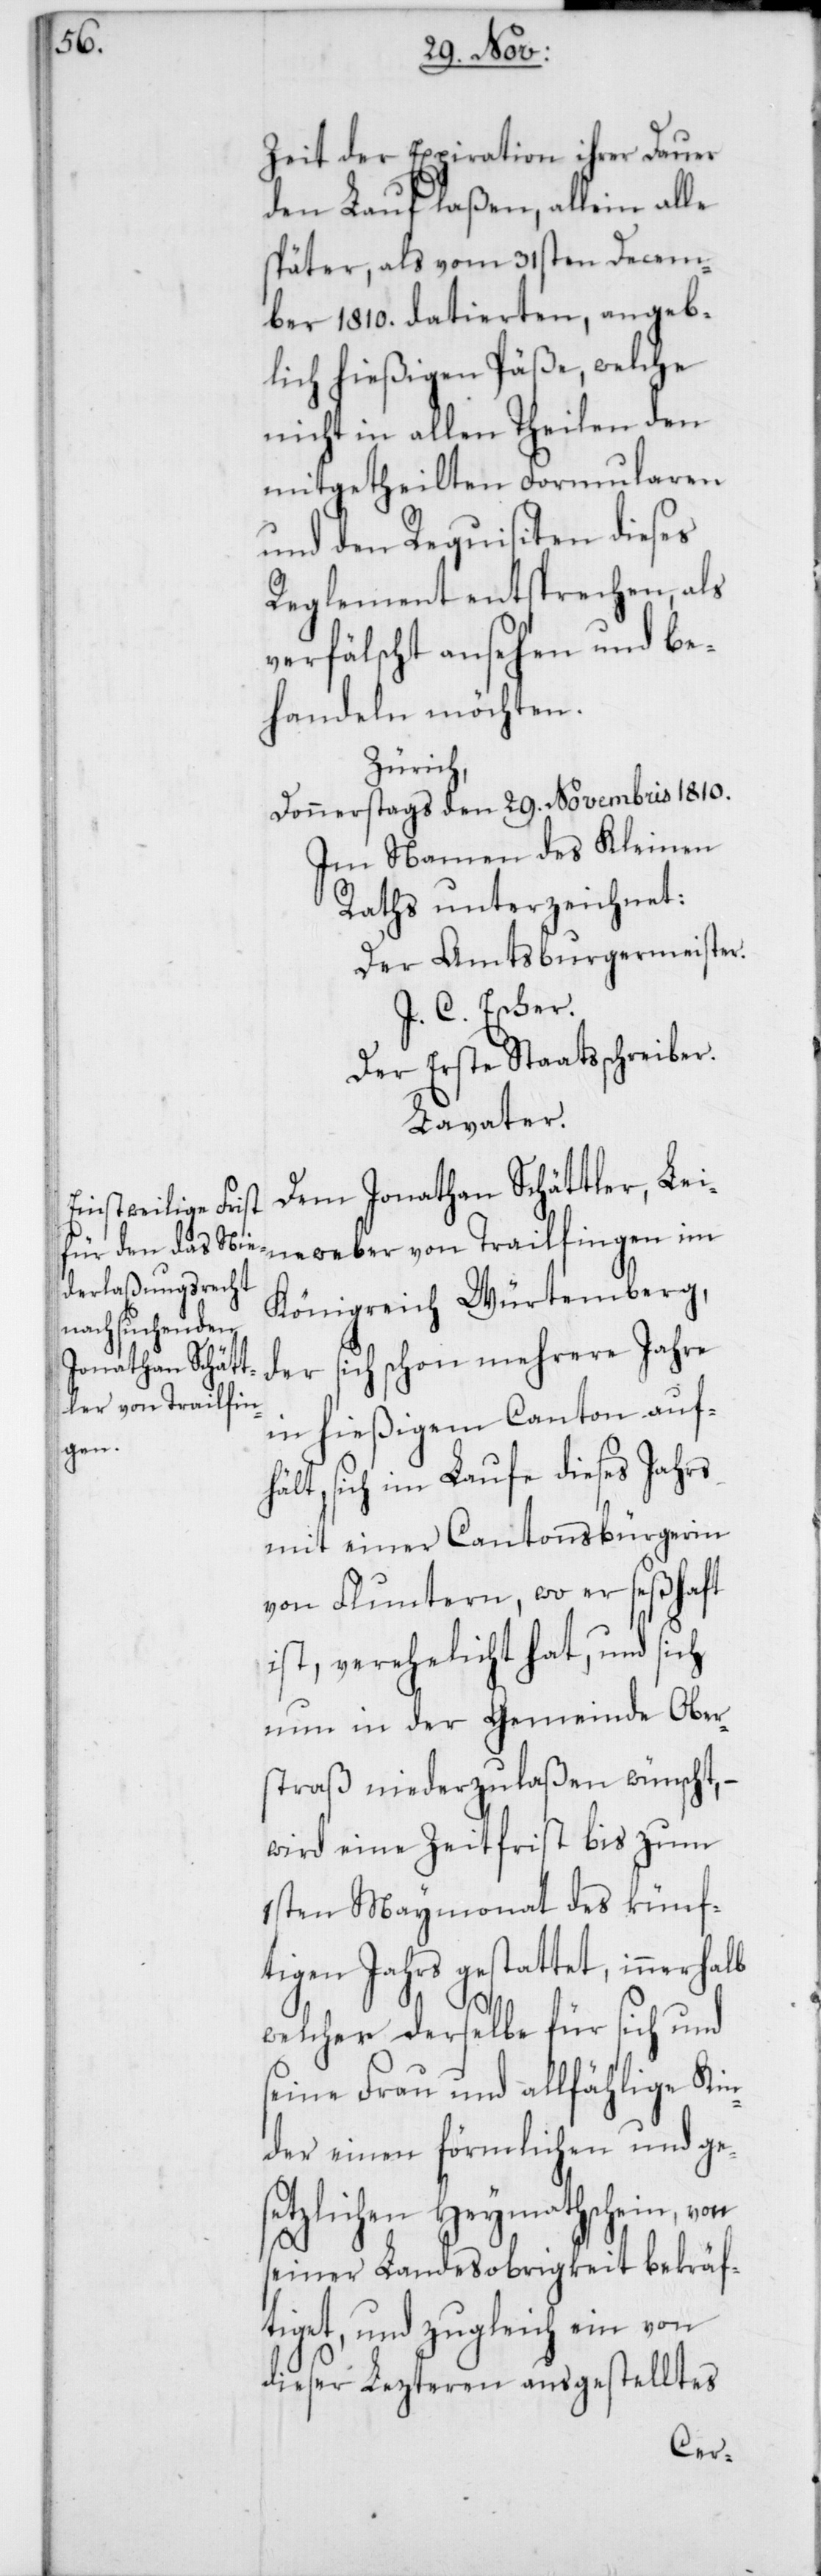
Zeit der Expiration ihrer Dauer
den Lauf laßen, allein alle
später, als vom 31sten Decem¬
ber 1810. datierten, angeb¬
lich hießigen Päße, welche
nicht in allen Theilen den
mitgetheilten Formularen
und den Requisiten dieses
Reglement entsprechen, als
verfälscht ansehen und be¬
handeln möchten.
Zürich,
Donnerstags den 29. Novembris 1810.
Im Namen des Kleinen
Raths unterzeichnet:
Der Amtsburgermeister.
J.C. Escher.
Der erste Staatsschreiber.
Lavater.
Dem Jonathan Schättler, Lei¬
neweber von Trailfingen im
Königreich Würtemberg,
der sich schon mehrere Jahre
in hießigem Canton auf¬
hält, sich im Laufe dieses Jahrs
mit einer Cantonsbürgerin
von Fluntern, wo er seßhaft
ist, verehelicht hat, und sich
nun in der Gemeinde Ober¬
straß niederzulaßen wünscht, –
wird eine Zeitfrist bis zum
1sten Maymonat des künf¬
tigen Jahrs gestattet, innerhalb
welcher derselbe für sich und
seine Frau und allfählige Kin¬
der einen förmlichen und ge¬
setzlichen Heymathschein, von
seiner Landesobrigkeit bekräf¬
tiget, und zugleich ein von
dieser Lezteren ausgestelltes